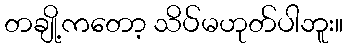
တချို့ကတော့ သိပ်မဟုတ်ပါဘူး။